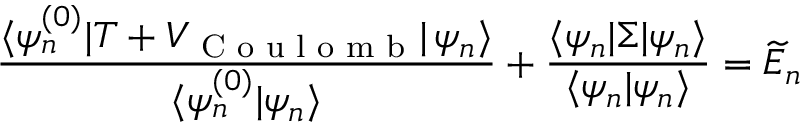
\frac { \langle \psi _ { n } ^ { ( 0 ) } | T + V _ { \textrm { C o u l o m b } } | \, \psi _ { n } \rangle } { \langle \psi _ { n } ^ { ( 0 ) } | \psi _ { n } \rangle } + \frac { \langle \psi _ { n } | \Sigma | \psi _ { n } \rangle } { \langle \psi _ { n } | \psi _ { n } \rangle } = \widetilde { E } _ { n }